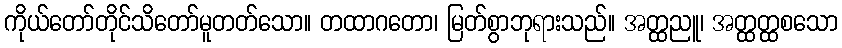
ကိုယ်တော်တိုင်သိတော်မူတတ်သော။ တထာဂတော၊ မြတ်စွာဘုရားသည်။ အတ္ထညူ၊ အတ္ထတ္ထစသော